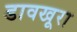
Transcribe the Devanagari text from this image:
डावखूरा